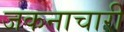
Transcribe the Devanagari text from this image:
जकनाचारी